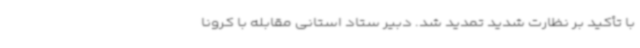
با تأکید بر نظارت شدید تمدید شد. دبیر ستاد استانی مقابله با کرونا